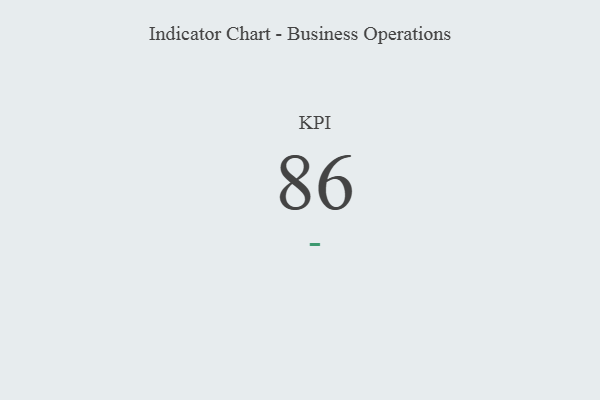
{"axis": {"x": "KPI", "y": "Value"}, "legend": [""], "data": [{"x": "KPI", "y": 86, "type": ""}]}